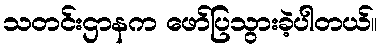
သတင်းဌာနက ဖော်ပြသွားခဲ့ပါတယ်။